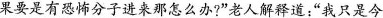
果要是有恐怖分子进来那怎么办?”老人解释道：”我只是今